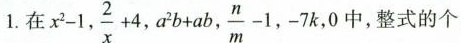
1.在$$x ^ { 2 } - 1$$，$$\frac { 2 } { x } + 4$$ ，$$a ^ { 2 } b + a b$$,$$\frac { n } { m } - 1$$，-7k，0中，整式的个